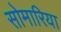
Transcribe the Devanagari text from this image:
सोमारिया